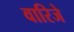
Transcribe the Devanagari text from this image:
वारिजे